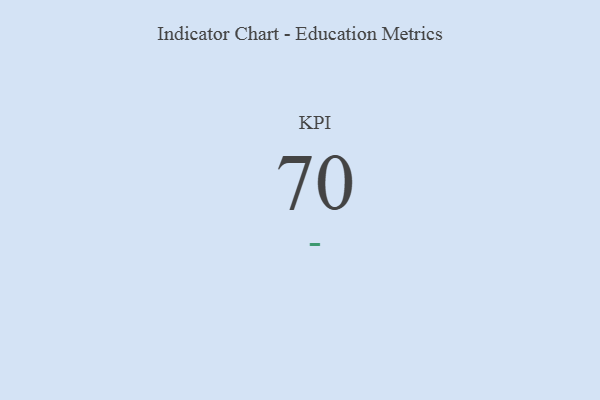
{"axis": {"x": "KPI", "y": "Value"}, "legend": [""], "data": [{"x": "KPI", "y": 70, "type": ""}]}